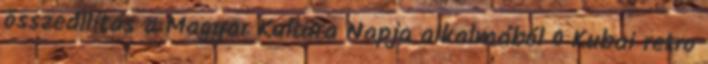
összeállítás a Magyar Kultúra Napja alkalmából 0 Kubai retro